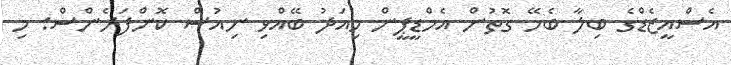
އެސްއީޒެޑްގެ ބިލާ ބެހޭ ގޮތުން އެމްޑީޕީން މިއަދު ބޭއްވި ނިއުސް ކޮންފަރެންސް: މި